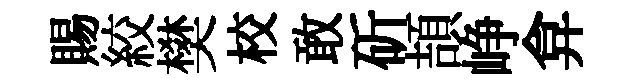
賜絞樊校敢斫頡峥弇